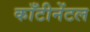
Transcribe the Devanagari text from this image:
काँटीनेंटल